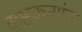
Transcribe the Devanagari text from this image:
कष्टकऱ्यांचा